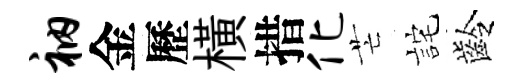
衲金歷橫措化芒詫齡